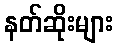
နတ်ဆိုးများ